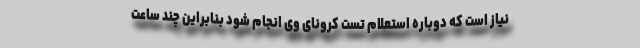
نیاز است که دوباره استعلام تست کرونای وی انجام شود بنابراین چند ساعت